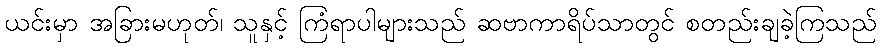
ယင်းမှာ အခြားမဟုတ်၊ သူနှင့် ကြံရာပါများသည် ဆဗာကာရိပ်သာတွင် စတည်းချခဲ့ကြသည်